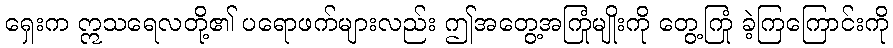
ရှေးက ဣသရေလတို့၏ ပရောဖက်များလည်း ဤအတွေ့အကြုံမျိုးကို တွေ့ကြုံ ခဲ့ကြကြောင်းကို